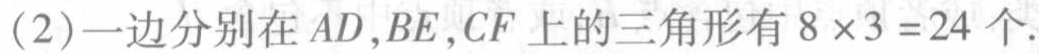
(2)一边分别在 \(AD,BE,CF\) 上的三角形有 \(8\times3 = 24\) 个.